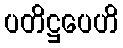
ပတိဋ္ဌပေဟိ